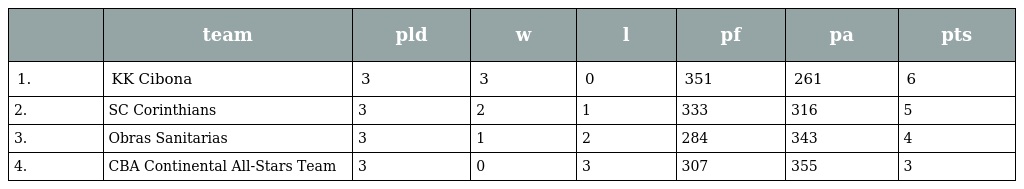
|  | team | pld | w | l | pf | pa | pts |
 | --- | --- | --- | --- | --- | --- | --- | --- |
 | 1. | KK Cibona | 3 | 3 | 0 | 351 | 261 | 6 |
 | 2. | SC Corinthians | 3 | 2 | 1 | 333 | 316 | 5 |
 | 3. | Obras Sanitarias | 3 | 1 | 2 | 284 | 343 | 4 |
 | 4. | CBA Continental All-Stars Team | 3 | 0 | 3 | 307 | 355 | 3 |